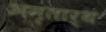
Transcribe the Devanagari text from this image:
अमृतार्थं